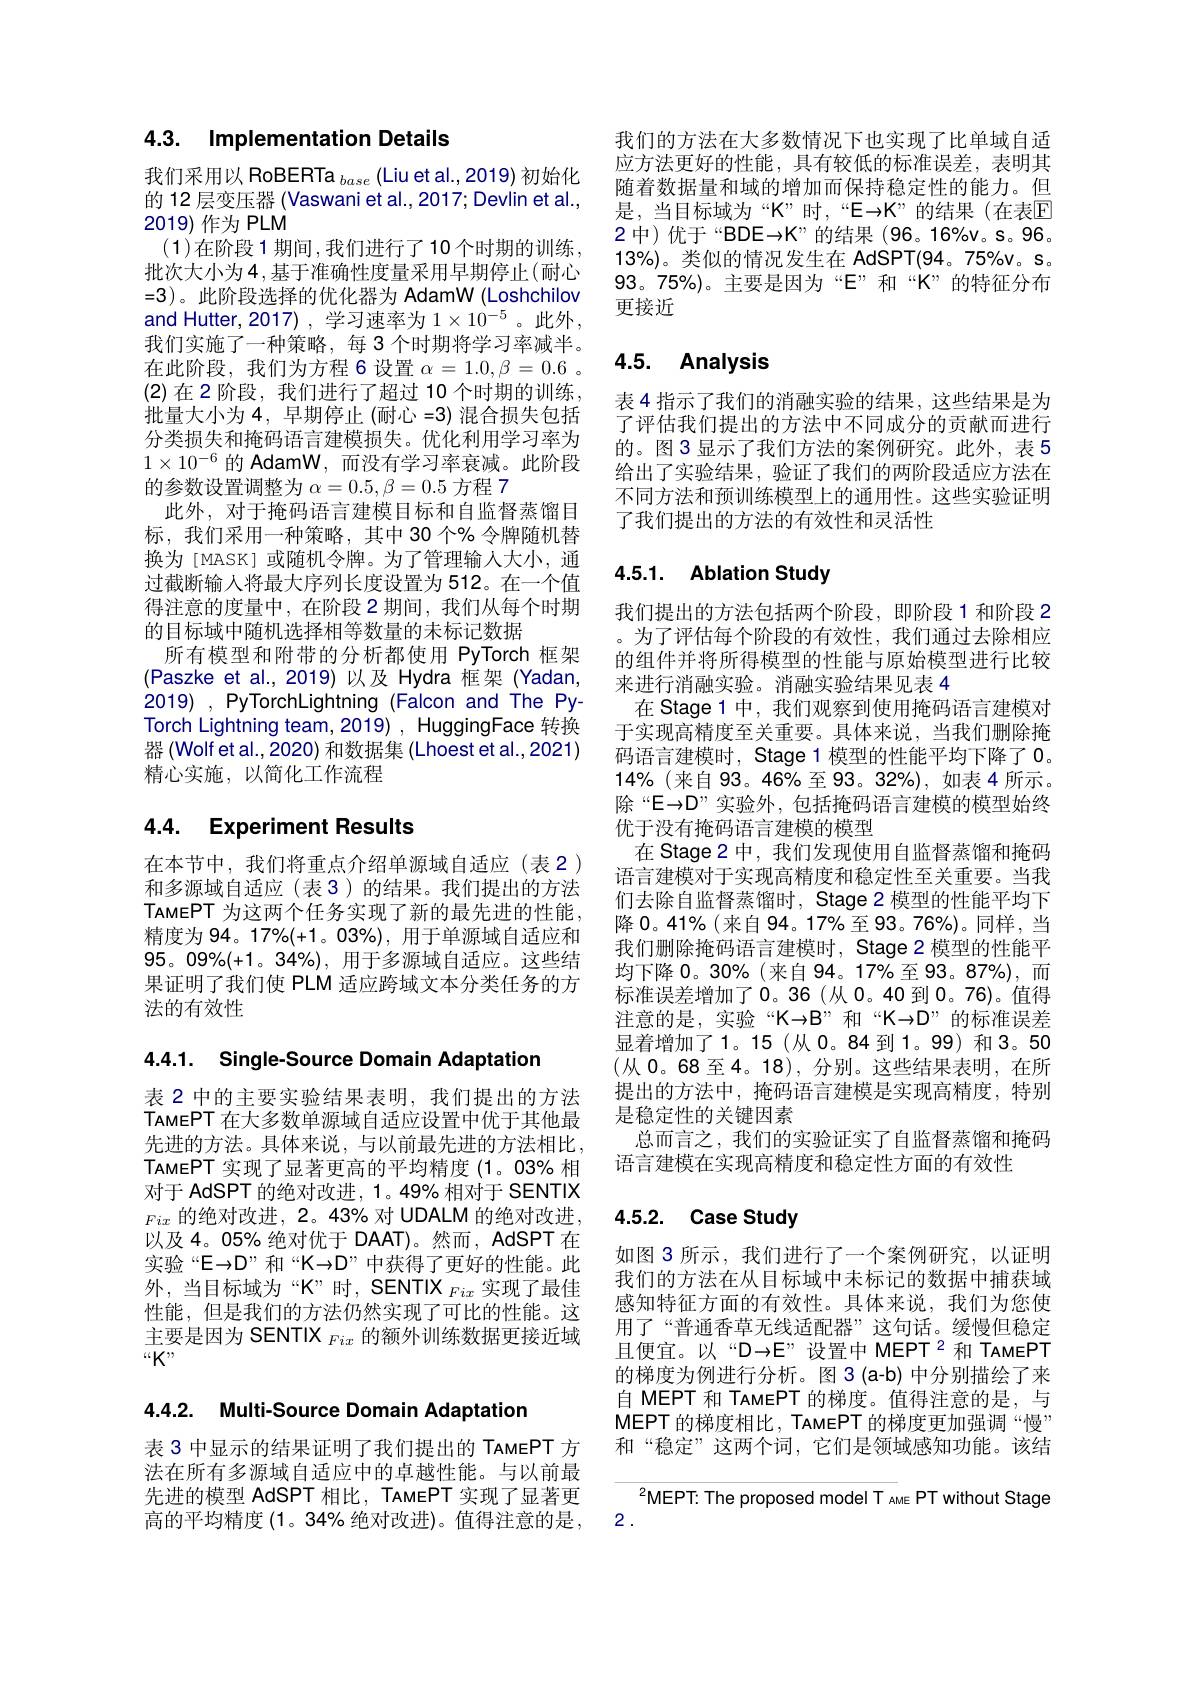
## 4.3. Implementation Details

我们采用以 RoBERTa $_base($Liu et al.,2019)初始化的 12 层变压器 (Vaswani et al.,2017; Devlin et al., 2019)作为 PLM
(1)在阶段1期间，我们进行了10个时期的训练， 批次大小为4，基于准确性度量采用早期停止(耐心$=3)。此阶段选择的优化器为AdamW(Loshchilov$ and Hutter, 2017) , 学习速率为$1\times10^{-5}$。此外， 我们实施了一种策略，每 3 个时期将学习率减半。在此阶段，我们为方程 6 设置$\alpha=1.0,\beta=0.6~$。(2) 在 2 阶段，我们进行了超过 10 个时期的训练， 批量大小为 4, 早期停止(耐心 =3)混合损失包括分类损失和掩码语言建模损失。优化利用学习率为$1\times10^{-6}$的 AdamW,而没有学习率衰减。此阶段的参数设置调整为$\alpha=0.5,\beta=0.5$方程 7
此外，对于掩码语言建模目标和自监督蒸馏目标，我们采用一种策略，其中 30 个% 令牌随机替换为[MASK]或随机令牌。为了管理输人大小，通过截断输入将最大序列长度设置为 512。在一个值得注意的度量中，在阶段 2 期间，我们从每个时期的目标域中随机选择相等数量的未标记数据
所有模型和附带的分析都使用 PyTorch 框架(Paszke et al.,2019)以及 Hydra 框架(Yadan, 2019) , PyTorchLightning (Falcon and The PyTorch Lightning team, 2019) , HuggingFace 转换器 (Wolf et al., 2020) 和数据集 (Lhoest et al., 2021) 精心实施，以简化工作流程

# 4.4. Experiment Results

在本节中，我们将重点介绍单源域自适应(表 2) 和多源域自适应(表3)的结果。我们提出的方法TAMEPT 为这两个任务实现了新的最先进的性能， 精度为 94。17%(+1。03%),用于单源域自适应和$95。09\%(+1$。34%),用于多源域自适应。这些结果证明了我们使 PLM 适应跨域文本分类任务的方法的有效性

4.4.1. Single-Source Domain Adaptation

表 2 中的主要实验结果表明，我们提出的方法TAMEPT 在大多数单源域自适应设置中优于其他最先进的方法。具体来说，与以前最先进的方法相比， TAMEPT 实现了显著更高的平均精度(1。03% 相对于 AdSPT 的绝对改进，1。49% 相对于 SENTIX $_{Fix}$的绝对改进，2。43% 对 UDALM 的绝对改进， 以及4。05% 绝对优于 DAAT)。然而，AdSPT 在实验“E→D”和“K→D”中获得了更好的性能。此外，当目标域为“K”时，SENTIX $_Fix$实现了最佳性能，但是我们的方法仍然实现了可比的性能。这主要是因为 SENTIX $_{Fix}$的额外训练数据更接近域$“K”$

4.4.2. Multi-Source Domain Adaptation

表 3 中显示的结果证明了我们提出的 TAMEPT 方法在所有多源域自适应中的卓越性能。与以前最先进的模型 AdSPT 相比，TAMEPT 实现了显著更高的平均精度 (1。34% 绝对改进)。值得注意的是，

我们的方法在大多数情况下也实现了比单域自适应方法更好的性能，具有较低的标准误差，表明其随着数据量和域的增加而保持稳定性的能力。但是，当目标域为“K”时，“E→K”的结果(在表$\overline{\mathrm{E}}$ 2中)优于“BDE→K”的结果(96。16%v。s。96。13%)。类似的情况发生在 AdSPT(94。75%v。s。93。75%)。主要是因为“E”和“K”的特征分布更接近

# 4.5. Analysis

表 4 指示了我们的消融实验的结果，这些结果是为了评估我们提出的方法中不同成分的贡献而进行的。图3显示了我们方法的案例研究。此外，表 5给出了实验结果，验证了我们的两阶段适应方法在不同方法和预训练模型上的通用性。这些实验证明了我们提出的方法的有效性和灵活性

## 4.5.1. Ablation Study

我们提出的方法包括两个阶段，即阶段1和阶段 2 。为了评估每个阶段的有效性，我们通过去除相应的组件并将所得模型的性能与原始模型进行比较来进行消融实验。消融实验结果见表 4
在 Stage 1 中，我们观察到使用掩码语言建模对于实现高精度至关重要。具体来说，当我们删除掩码语言建模时，Stage 1 模型的性能平均下降了 0。14%(来自 93。46%至 93。32%),如表 4 所示。除“E→D”实验外，包括掩码语言建模的模型始终优于没有掩码语言建模的模型
在 Stage 2 中，我们发现使用自监督蒸馏和掩码语言建模对于实现高精度和稳定性至关重要。当我们去除自监督蒸馏时，Stage 2 模型的性能平均下降 0。41%(来自 94。17%至 93。76%)。同样，当我们删除掩码语言建模时，Stage 2 模型的性能平均下降 0。30%(来自 94。17%至 93。87%),而标准误差增加了0。36(从0。40 到0。值得注意的是，实验“K→B”和“K→D”的标准误差显着增加了1。15(从0。84到1。99)和3。50 (从 0。68 至 4。18),分别。这些结果表明，在所提出的方法中，掩码语言建模是实现高精度，特别是稳定性的关键因素
总而言之，我们的实验证实了自监督蒸馏和掩码
语言建模在实现高精度和稳定性方面的有效性

# 4.5.2. Case Study

如图 3 所示，我们进行了一个案例研究，以证明我们的方法在从目标域中未标记的数据中捕获域感知特征方面的有效性。具体来说，我们为您使用了“普通香草无线适配器”这句话。缓慢但稳定且便宜。以“D→E”设置中 MEPT $^{2}$和 TAMEPT 的梯度为例进行分析。图 3(a-b) 中分别描绘了来自 MEPT 和 TAMEPT 的梯度。值得注意的是，与MEPT 的梯度相比，TAMEPT 的梯度更加强调“慢” 和“稳定”这两个词，它们是领域感知功能。该结

$^{2}$MEPT: The proposed model T AME PT without Stage
2.